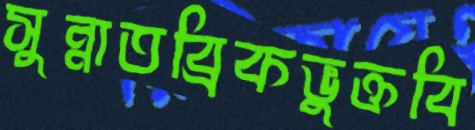
সুন্নাতব্রিকভুক্তবি